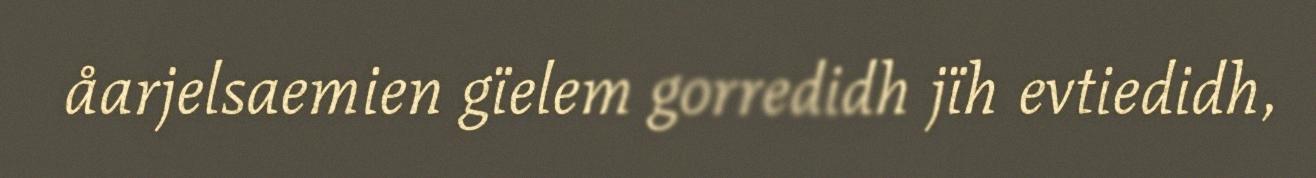
åarjelsaemien gïelem gorredidh jïh evtiedidh,